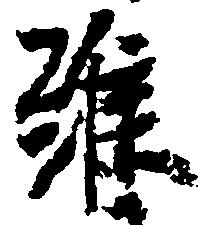
維